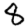
Digit: 8